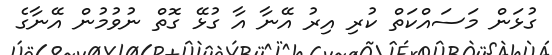
ގުޅަން މަސައްކަތް ކުރި އިރު އޭނާ އާ ގުޅޭ ގޮތް ނުވުމުން އޭނާގެ